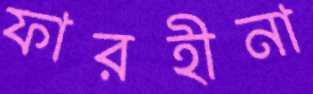
ফারহীনা